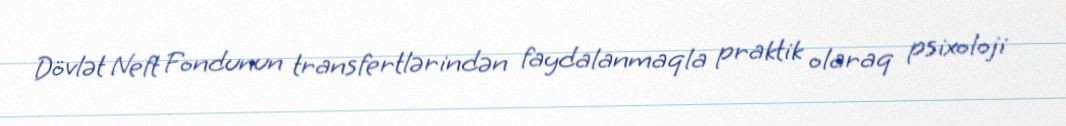
Dövlət Neft Fondunun transfertlərindən faydalanmaqla praktik olaraq psixoloji